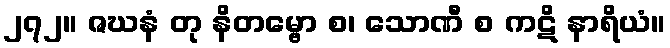
၂၇၂။ ဇဃနံ တု နိတမ္ဗော စ၊ သောဏီ စ ကဋိ နာရိယံ။